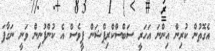
އެގޮތުން ކުރިން އިންނަ އަހަރީ ސަބްސްކްރިޕްޝަން ފީވެސް އެ ކުންފުނިން ވަނީ ނަގާފަ